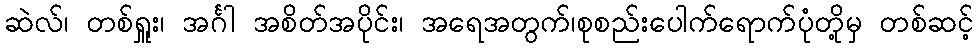
ဆဲလ်၊ တစ်ရှူး၊ အင်္ဂါ အစိတ်အပိုင်း၊ အရေအတွက်၊စုစည်းပေါက်ရောက်ပုံတို့မှ တစ်ဆင့်